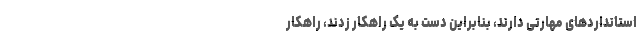
استانداردهای مهارتی دارند، بنابراین دست به یک راهکار زدند، راهکار